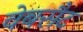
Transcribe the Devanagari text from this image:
वेबसैट